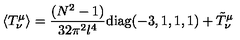
\langle T _ { \nu } ^ { \mu } \rangle = { \frac { ( N ^ { 2 } - 1 ) } { 3 2 \pi ^ { 2 } l ^ { 4 } } } \mathrm { d i a g } ( - 3 , 1 , 1 , 1 ) + \tilde { T } _ { \nu } ^ { \mu }